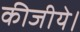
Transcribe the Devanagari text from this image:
कीजीये।